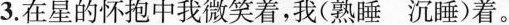
3.在星的怀抱中我微笑着，我(熟睡 沉睡)着。